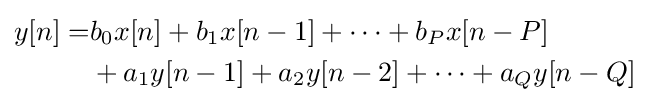
{\begin{aligned}y[n]{}=&b_{0}x[n]+b_{1}x[n-1]+\cdots +b_{P}x[n-P]\\&{}+a_{1}y[n-1]+a_{2}y[n-2]+\cdots +a_{Q}y[n-Q]\end{aligned}}